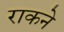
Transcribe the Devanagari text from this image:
राकने